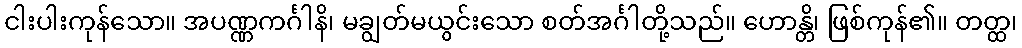
ငါးပါးကုန်သော။ အပဏ္ဏကင်္ဂါနိ၊ မချွတ်မယွင်းသော စတ်အင်္ဂါတို့သည်။ ဟောန္တိ၊ ဖြစ်ကုန်၏။ တတ္ထ၊